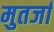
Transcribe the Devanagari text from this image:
मुतर्जा